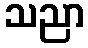
သညာ